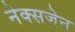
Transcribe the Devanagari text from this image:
नेक्सजेन